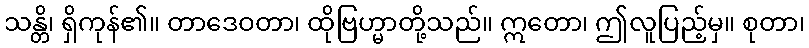
သန္တိ၊ ရှိကုန်၏။ တာဒေဝတာ၊ ထိုဗြဟ္မာတို့သည်။ ဣတော၊ ဤလူပြည့်မှ။ စုတာ၊